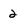
Character: 2